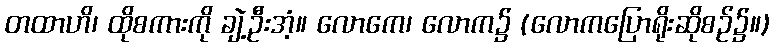
တထာဟိ၊ ထိုစကားကို ချဲ့ဦးအံ့။ လောကေ၊ လောက၌ (လောကပြောရိုးဆိုစဉ်၌။)